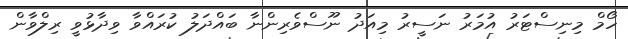
ހޯމް މިނިސްޓަރު އުމަރު ނަސީރު މިއަދު ނޫސްވެރިންނާ ބައްދަލު ކުރައްވާ ވިދާޅުވީ ރިލްވާން